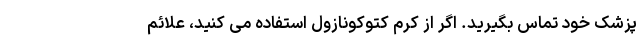
پزشک خود تماس بگیرید. اگر از کرم کتوکونازول استفاده می کنید، علائم